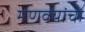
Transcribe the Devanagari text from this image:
मणक्यांचा